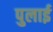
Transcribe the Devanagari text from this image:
पुलाई